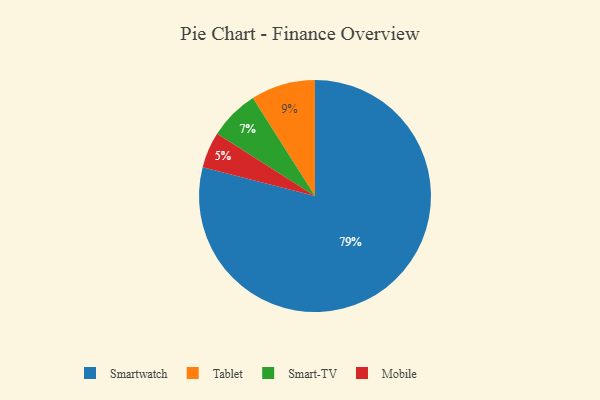
{"axis": {"x": "Category", "y": "Percentage"}, "legend": ["Mobile", "Smart-TV", "Smartwatch", "Tablet"], "data": [{"x": "Smartwatch", "y": 79, "type": "Smartwatch"}, {"x": "Smart-TV", "y": 7, "type": "Smart-TV"}, {"x": "Tablet", "y": 9, "type": "Tablet"}, {"x": "Mobile", "y": 5, "type": "Mobile"}]}